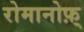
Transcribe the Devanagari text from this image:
रोमानोफ़्